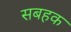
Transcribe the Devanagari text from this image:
सबहक